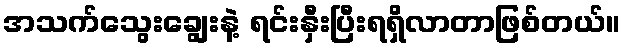
အသက်သွေးချွေးနဲ့ ရင်းနှီးပြီးရရှိလာတာဖြစ်တယ်။